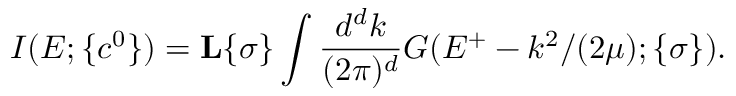
I ( E ; \{ c ^ { 0 } \} ) = { \bf L } { \{ \sigma \} } \int \displaystyle \frac { d ^ { d } k } { ( 2 \pi ) ^ { d } } G ( E ^ { + } - k ^ { 2 } / ( 2 \mu ) ; \{ \sigma \} ) .